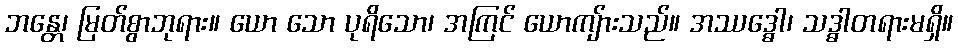
ဘန္တေ၊ မြတ်စွာဘုရား။ ယော သော ပုရိသော၊ အကြင် ယောကျ်ားသည်။ အဿဒ္ဓေါ၊ သဒ္ဓါတရားမရှိ။